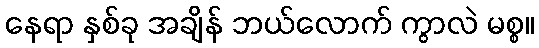
နေရာ နှစ်ခု အချိန် ဘယ်လောက် ကွာလဲ မစ္စ။